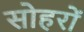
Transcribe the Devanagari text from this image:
सोहरों